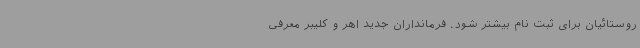
روستائیان برای ثبت نام بیشتر شود. فرمانداران جدید اهر و کلیبر معرفی